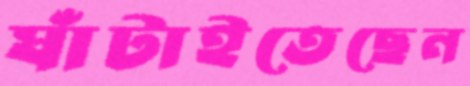
ঘাঁটাইতেছেন